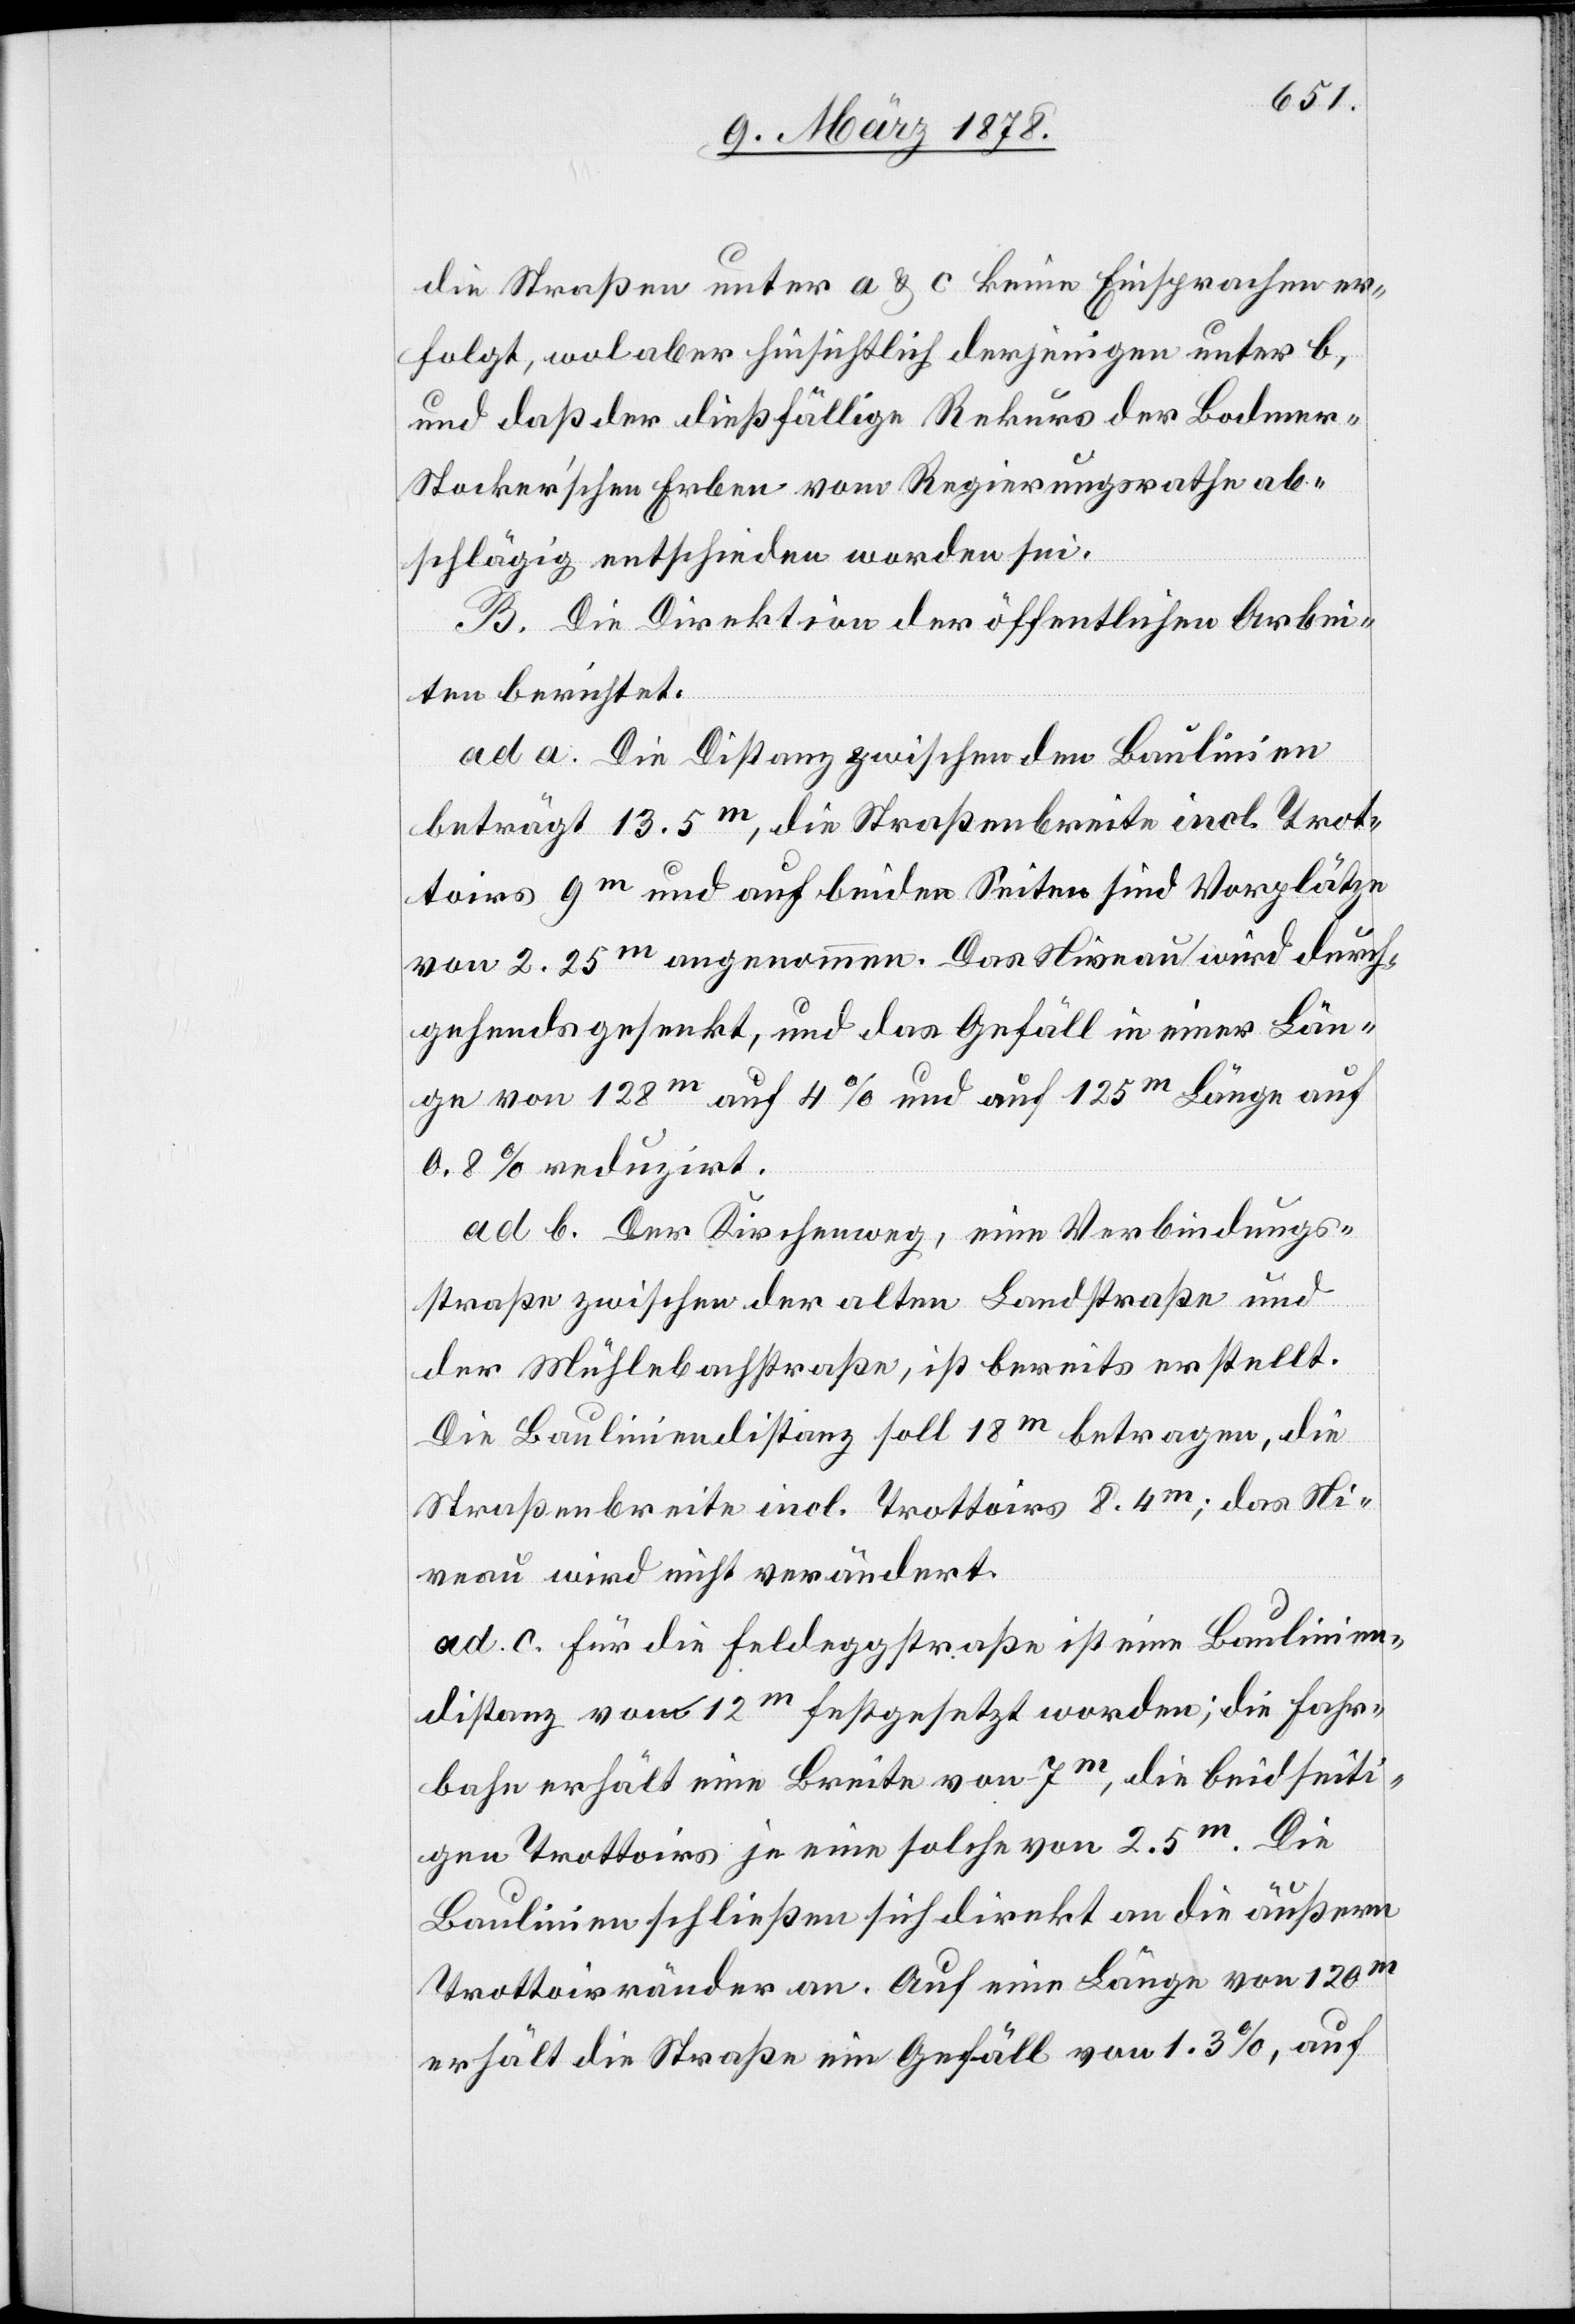
die Straßen unter a & c keine Einsprachen er¬
folgt, wol aber hinsichtlich derjenigen unter b,
und daß der dießfällige Rekurs der Bodme¬
r-Stocker’schen Erben vom Regierungsrathe ab¬
schlägig entschieden worden sei.
B. Die Direktion der öffentlichen Arbei¬
ten berichtet:
ad a. Die Distanz zwischen den Baulinien
beträgt 13.5m, die Straßenbreite incl. Trot¬
toirs 9m und auf beiden Seiten sind Vorplät¬
ze von 2.25m auf 4% und auf 125m Länge auf
0.8% reduzirt.
ad b. Der Kirchenweg, eine Verbindungs¬
straße zwischen der alten Landstraße und
der Mühlebachstraße, ist bereits erstellt.
Die Bauliniendistanz soll 18m betragen, die
Straßenbreite incl. Trottoirs 8.4m; das Ni¬
veau wird nicht verändert.
ad c. Für die Feldeggstraße ist eine Baulinien¬
distanz von 12m festgesetzt worden; die Fahr¬
bahn erhält eine Breite von 7m, die beidseiti¬
gen Trottoirs je eine solche von 2.5m. Die
Baulinien schließen sich direkt an die äußern
Trottoirränder an. Auf eine Länge von 120m
erhält die Straße ein Gefäll von 1.3%, auf